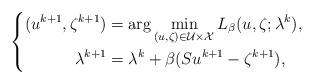
LaTeX: \begin{align*}\left\{\begin{aligned}(u^{k+1}, \zeta^{k+1}) & = \arg\min\limits_{(u,\zeta)\in\mathcal{U}\times \mathcal{X}}L_{\beta}(u, \zeta;\lambda^k),\\\lambda^{k+1} & = \lambda^k + \beta(Su^{k+1} - \zeta^{k+1}),\end{aligned}\right.\end{align*}